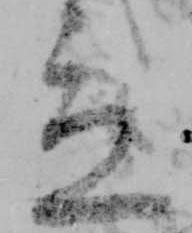
立